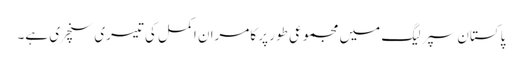
پاکستان سپر لیگ میں مجموعی طور پر کامران اکمل کی تیسری سنچری ہے۔